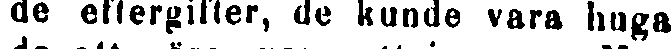
de eftergifter, de kunde vara huga